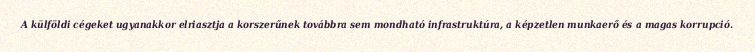
A külföldi cégeket ugyanakkor elriasztja a korszerűnek továbbra sem mondható infrastruktúra, a képzetlen munkaerő és a magas korrupció.